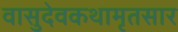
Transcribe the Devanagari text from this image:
वासुदेवकथामृतसार